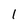
Character: 1